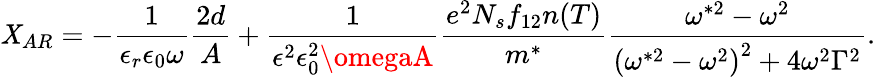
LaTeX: \mathit{X}_{AR}=-\frac{{1}}{{\epsilon_{r}\epsilon_{0}\omega}}\frac{{2d}}{{A}}+\frac{{1}}{{\epsilon^{2}\epsilon_{0}^{2}\omegaA}}\frac{{e^{2}N_{s}f_{12}n(T)}}{{m^{*}}}\frac{{\omega^{*2}-\omega^{2}}}{{\left(\omega^{*2}-\omega^{2}\right)^{2}+4\omega^{2}\Gamma^{2}}}.